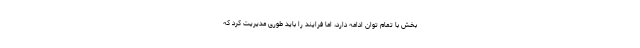
بخش با تمام توان ادامه دارد، اما فرایند را باید طوری مدیریت کرد که